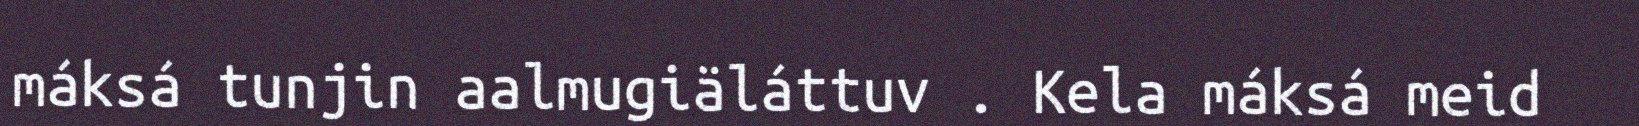
máksá tunjin aalmugiäláttuv . Kela máksá meid